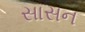
સાસન